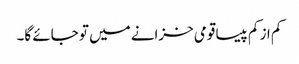
کم از کم پیسا قومی خزانے میں تو جائے گا۔